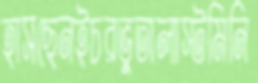
হাসছেনইচরভুতালাস্টমিনি